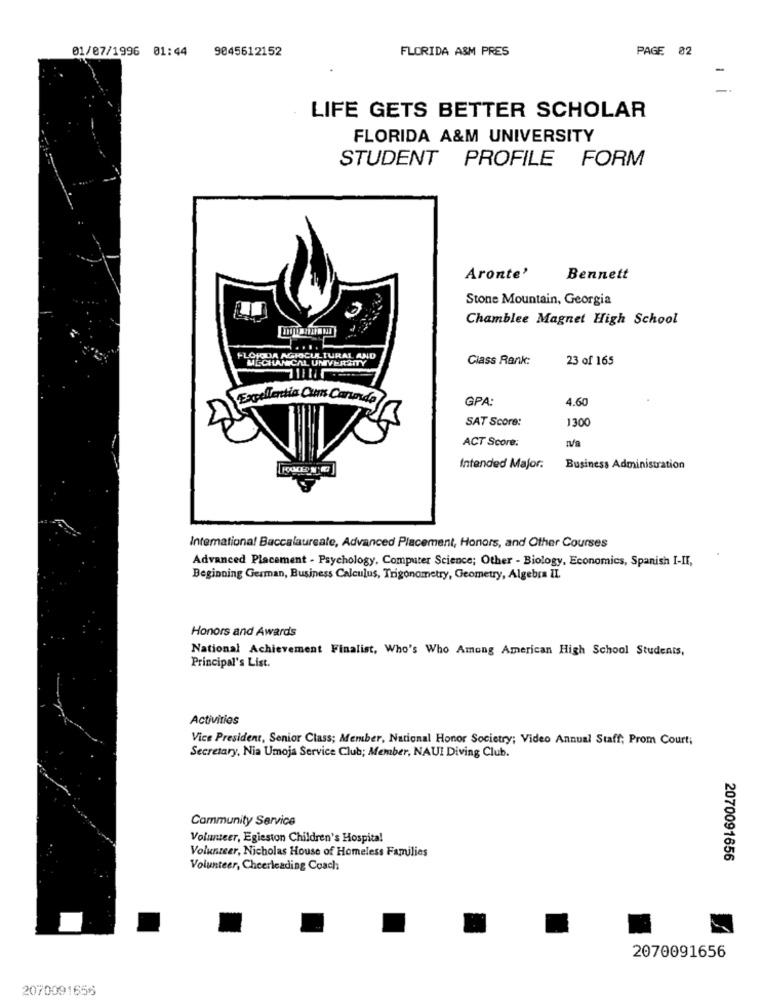
01/07/1996 01:44
9045612152
FLORIDA A&M PRES
PAGE 82
LIFE GETS BETTER SCHOLAR
FLORIDA A&M UNIVERSITY
STUDENT PROFILE FORM
Aronte'
Bennett
Stone Mountain, Georgia
Chamblee Magnet High School
FLOJODA AGIOCULTURAL AND
MECHANICAL UNIVERSITY
Class Rank:
23 of 165
Expelledtia Cus Carunda
GPA:
4.60
SAT Score:
1300
ACT Score:
Intended Major:
Business Administration
International Baccalaureate, Advanced Placement, Honors, and Other Courses
Advanced Placement - Psychology, Computer Science; Other - Biology, Economics, Spanish I-II,
Beginning German, Business Calculus, Trigonometry, Geometry, Algebra II.
Honors and Awards
National Achievement Finalist, Who's Who Among American High School Students,
Principal's List.
Activities
Vice President, Senior Class; Member, National Honor Societry; Video Annual Staff; Prom Court;
Secretary, Nia Umoja Service Club; Member, NAUI Diving Club.
Community Service
Volunteer, Egleston Children's Hospital
Volunteer, Nicholas House of Homeless Families
2070091656
Volunteer, Cheerleading Coach
2070091656
2070091656